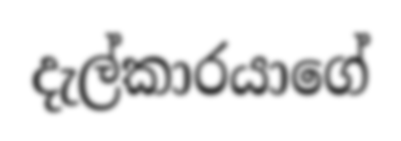
දැල්කාරයාගේ